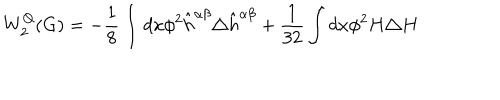
LaTeX: W _ { 2 } ^ { Q } ( G ) = - \frac { 1 } { 8 } \int d x \phi ^ { 2 } \hat { h } ^ { \alpha \beta } \triangle \hat { h } ^ { \alpha \beta } + \frac { 1 } { 3 2 } \int d x \phi ^ { 2 } H \triangle H